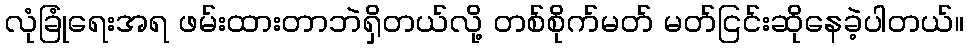
လုံခြုံရေးအရ ဖမ်းထားတာဘဲရှိတယ်လို့ တစ်စိုက်မတ် မတ်ငြင်းဆိုနေခဲ့ပါတယ်။